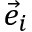
\vec { e } _ { i }